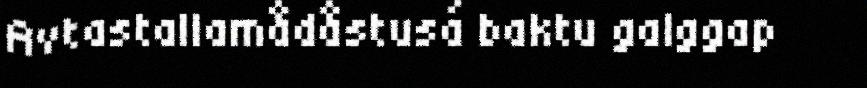
Avtastallamådåstusá baktu galggap